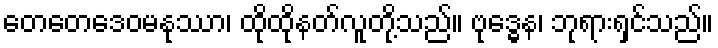
တေတေဒေဝမနုဿာ၊ ထိုထိုနတ်လူတို့သည်။ ဗုဒ္ဓေန၊ ဘုရားရှင်သည်။